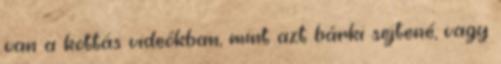
van a kottás videókban, mint azt bárki sejtené, vagy